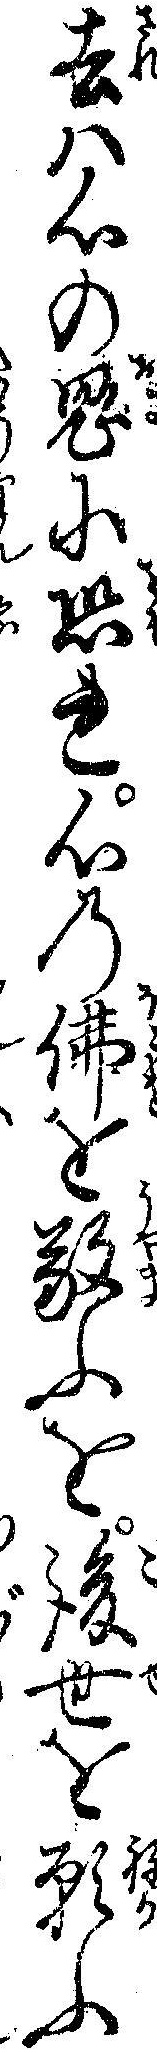
去ハ心の鬼に恐れ心の仏を敬ふを後世を願ふ